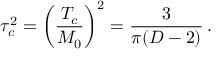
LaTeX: \tau _ { c } ^ { 2 } = \left( \frac { T _ { c } } { M _ { 0 } } \right) ^ { 2 } = \frac { 3 } { \pi ( D - 2 ) } \, { . }